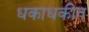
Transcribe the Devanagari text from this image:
धकाधकीत